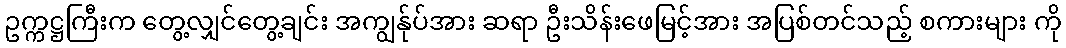
ဥက္ကဋ္ဌကြီးက တွေ့လျှင်တွေ့ချင်း အကျွန်ုပ်အား ဆရာ ဦးသိန်းဖေမြင့်အား အပြစ်တင်သည့် စကားများ ကို